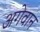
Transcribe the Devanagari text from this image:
अगेवान